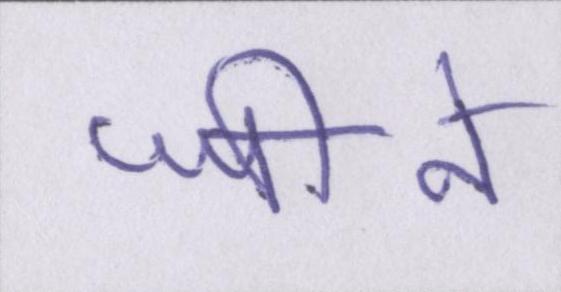
जीने